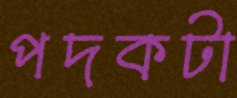
পদকটা